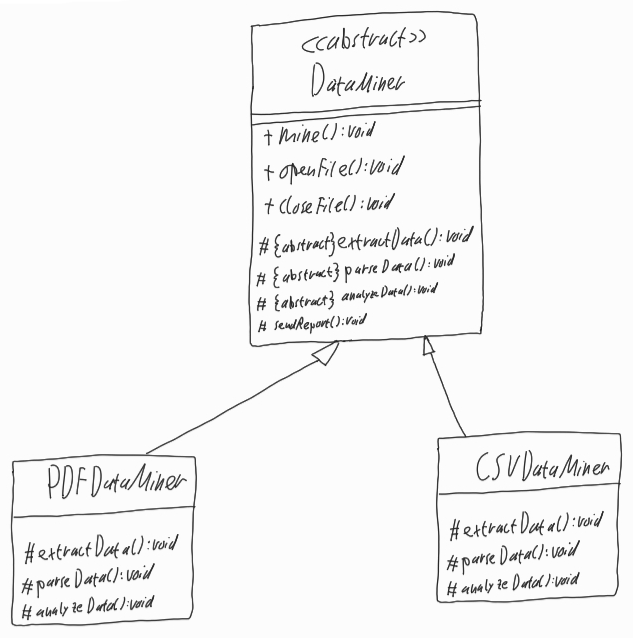
Diagram type: class_diagram
```plantuml
@startuml

abstract DataMiner {
  + mine(): void
  + openFile(): void
  + closeFile(): void
  # {abstract} extractData(): void
  # {abstract} parseData(): void
  # {abstract} analyzeData(): void
  # sendReport(): void
}

class PDFDataMiner extends DataMiner {
  # extractData(): void
  # parseData(): void
  # analyzeData(): void
}

class CSVDataMiner extends DataMiner {
  # extractData(): void
  # parseData(): void
  # analyzeData(): void
}

@enduml
```